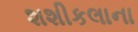
શશીકલાના